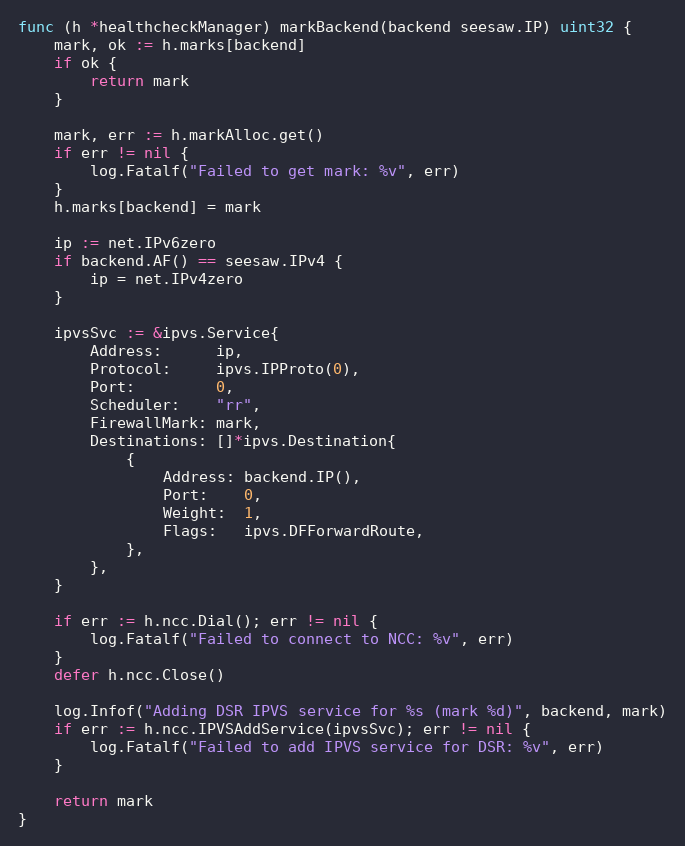
Language: Go
func (h *healthcheckManager) markBackend(backend seesaw.IP) uint32 {
	mark, ok := h.marks[backend]
	if ok {
		return mark
	}

	mark, err := h.markAlloc.get()
	if err != nil {
		log.Fatalf("Failed to get mark: %v", err)
	}
	h.marks[backend] = mark

	ip := net.IPv6zero
	if backend.AF() == seesaw.IPv4 {
		ip = net.IPv4zero
	}

	ipvsSvc := &ipvs.Service{
		Address:      ip,
		Protocol:     ipvs.IPProto(0),
		Port:         0,
		Scheduler:    "rr",
		FirewallMark: mark,
		Destinations: []*ipvs.Destination{
			{
				Address: backend.IP(),
				Port:    0,
				Weight:  1,
				Flags:   ipvs.DFForwardRoute,
			},
		},
	}

	if err := h.ncc.Dial(); err != nil {
		log.Fatalf("Failed to connect to NCC: %v", err)
	}
	defer h.ncc.Close()

	log.Infof("Adding DSR IPVS service for %s (mark %d)", backend, mark)
	if err := h.ncc.IPVSAddService(ipvsSvc); err != nil {
		log.Fatalf("Failed to add IPVS service for DSR: %v", err)
	}

	return mark
}